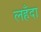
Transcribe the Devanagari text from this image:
लहँदा